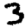
Digit: 3